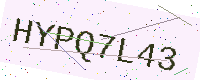
Text: HYPQ7L43